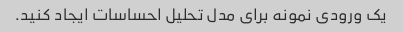
یک ورودی نمونه برای مدل تحلیل احساسات ایجاد کنید.